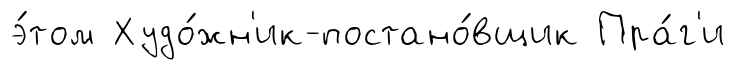
э́том Худо́жн'ик-постано́вщик Пра́г'и